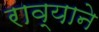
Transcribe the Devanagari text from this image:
राव्याने